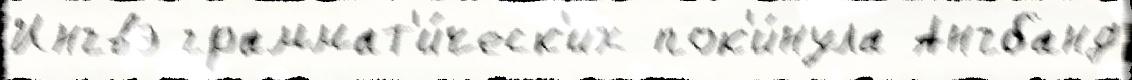
Ингвэ граммат'и́ческ'их пок'и́нула Ангбанд